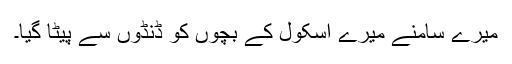
میرے سامنے میرے اسکول کے بچوں کو ڈنڈوں سے پیٹا گیا۔